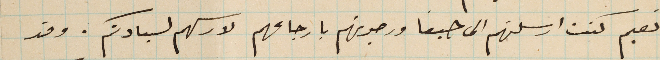
نعيم كنت ارسلتهم الى حيفا ورجوتهم بارجاعهم لارسلهم لسيادتكم. وقد